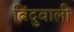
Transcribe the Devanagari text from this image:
बिंदुवाली